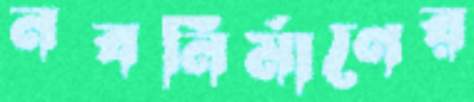
নবনির্মাণের